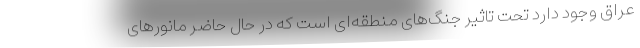
عراق وجود دارد تحت تاثیر جنگ‌های منطقه‌ای است که در حال حاضر مانورهای